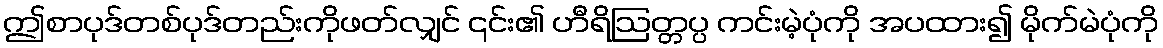
ဤစာပုဒ်တစ်ပုဒ်တည်းကိုဖတ်လျှင် ၎င်း၏ ဟီရိဩတ္တပ္ပ ကင်းမဲ့ပုံကို အပထား၍ မိုက်မဲပုံကို